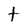
Character: t